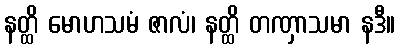
နတ္ထိ မောဟသမံ ဇာလံ၊ နတ္ထိ တဏှာသမာ နဒီ။